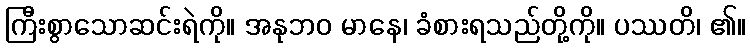
ကြီးစွာသောဆင်းရဲကို။ အနုဘဝ မာနေ၊ ခံစားရသည်တို့ကို။ ပဿတိ၊ ၏။